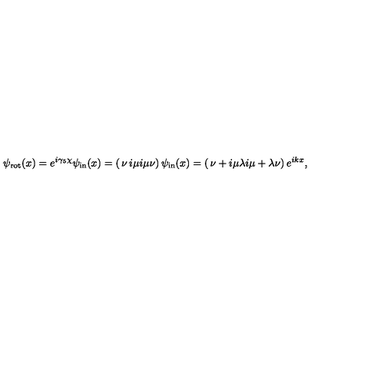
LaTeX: \psi _ { \mathrm { r o t } } ( x ) = e ^ { i \gamma _ { 5 } \chi } \psi _ { \mathrm { i n } } ( x ) = \left( \begin{matrix} { \nu } & { i \mu } \\ { i \mu } & { \nu } \\ \end{matrix} \right) \psi _ { \mathrm { i n } } ( x ) = \left( \begin{matrix} { \nu + i \mu \lambda } \\ { i \mu + \lambda \nu } \\ \end{matrix} \right) e ^ { i k x } ,